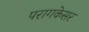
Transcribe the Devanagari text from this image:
परागकेसर